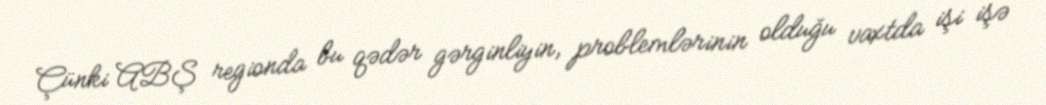
Çünki ABŞ regionda bu qədər gərginliyin, problemlərinin olduğu vaxtda işi işə